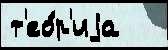
т'ео́р'иjа